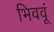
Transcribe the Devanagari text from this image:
भिववूं